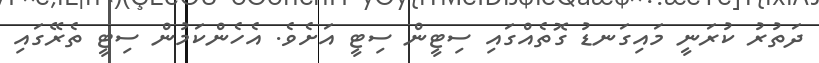
ދަތުރު ކުރަނީ މައިގަނޑު ގޮތެއްގައި ސިޓީން ސިޓީ އަށެވެ. އެހެންކަމުން ސިޓީ ތެރޭގައި